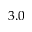
3 . 0